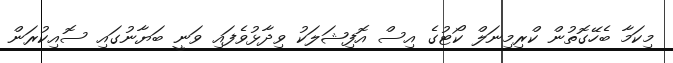
މިކަމާ ބެހޭގޮތުން ކްރިމިނަލް ކޯޓުގެ އިސް އޮފިޝަލަކު ވިދާޅުވެފައި ވަނީ ބަޔާނުގައި ސޮއިކުރަން